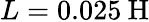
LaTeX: L=0.025\: \mathrm{H}